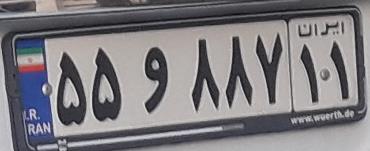
۵۵و۸۸۷۱۱